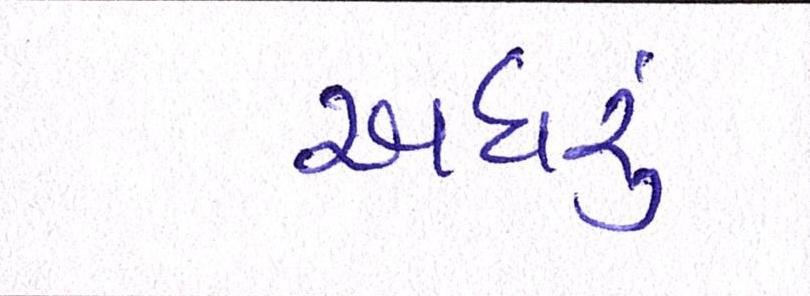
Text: અઘરું